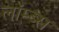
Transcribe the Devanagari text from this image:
लॉम्ब्स